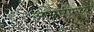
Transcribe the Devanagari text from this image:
आम्लारीमध्ये